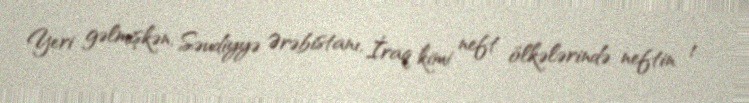
Yeri gəlmişkən, Səudiyyə Ərəbistanı, İraq kimi neft ölkələrində neftin 1